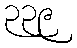
၃၃၉